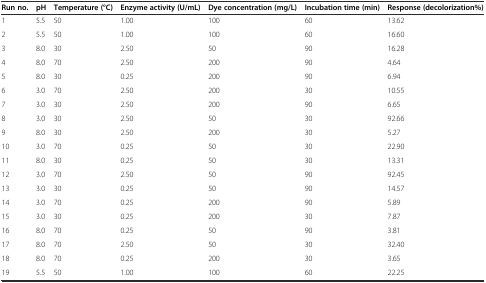
| Run no. | pH | Temperature (°C) | Enzyme activity (U/mL) | Dye concentration (mg/L) | Incubation time (min) | Response (decolorization%) |
 | --- | --- | --- | --- | --- | --- | --- |
 | 1 | 5.5 | 50 | 1.00 | 100 | 60 | 13.62 |
 | 2 | 5.5 | 50 | 1.00 | 100 | 60 | 16.60 |
 | 3 | 8.0 | 30 | 2.50 | 50 | 90 | 16.28 |
 | 4 | 8.0 | 70 | 2.50 | 200 | 90 | 4.64 |
 | 5 | 8.0 | 30 | 0.25 | 200 | 90 | 6.94 |
 | 6 | 3.0 | 70 | 2.50 | 200 | 30 | 10.55 |
 | 7 | 3.0 | 30 | 2.50 | 200 | 90 | 6.65 |
 | 8 | 3.0 | 30 | 2.50 | 50 | 30 | 92.66 |
 | 9 | 8.0 | 30 | 2.50 | 200 | 30 | 5.27 |
 | 10 | 3.0 | 70 | 0.25 | 50 | 30 | 22.90 |
 | 11 | 8.0 | 30 | 0.25 | 50 | 30 | 13.31 |
 | 12 | 3.0 | 70 | 2.50 | 50 | 90 | 92.45 |
 | 13 | 3.0 | 30 | 0.25 | 50 | 90 | 14.57 |
 | 14 | 3.0 | 70 | 0.25 | 200 | 90 | 5.89 |
 | 15 | 3.0 | 30 | 0.25 | 200 | 30 | 7.87 |
 | 16 | 8.0 | 70 | 0.25 | 50 | 90 | 3.81 |
 | 17 | 8.0 | 70 | 2.50 | 50 | 30 | 32.40 |
 | 18 | 8.0 | 70 | 0.25 | 200 | 30 | 3.65 |
 | 19 | 5.5 | 50 | 1.00 | 100 | 60 | 22.25 |